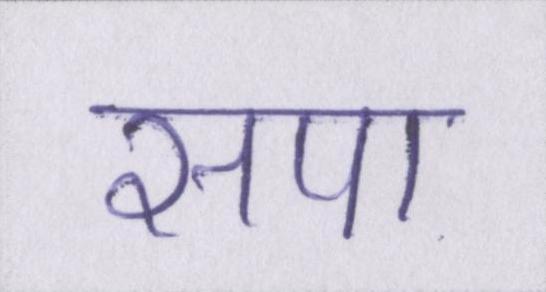
सपा